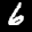
Label: 6